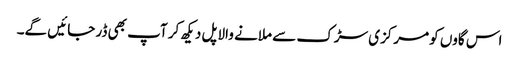
اس گاوں کو مرکزی سڑک سے ملانے والا پل دیکھ کر آپ بھی ڈر جائیں گے۔